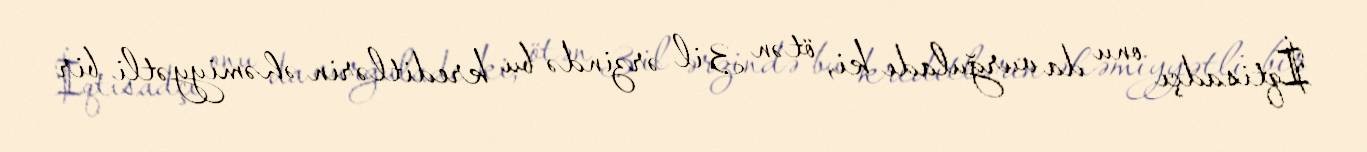
İqtisadçı onu da vurğuladı ki, ötən 3 il ərzində bu kreditlərin əhəmiyyətli bir